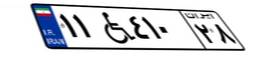
۱۱W۴۱۰۲۸